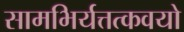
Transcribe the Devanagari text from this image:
सामभिर्यत्तत्कवयो